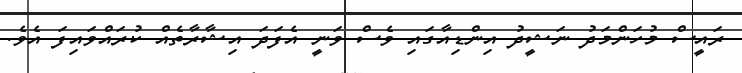
ރައީސް މުހަންމަދު ނަޝީދު އިންޑިއާގައި ވެސް ވަނީ އެފަދަ އިޝާރާތެއް ކުރައްވައިފަ އެވެ.